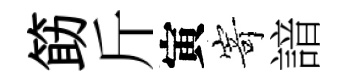
筯斤寅𭔃諳